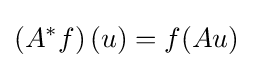
\left(A^{*}f\right)(u)=f(Au)